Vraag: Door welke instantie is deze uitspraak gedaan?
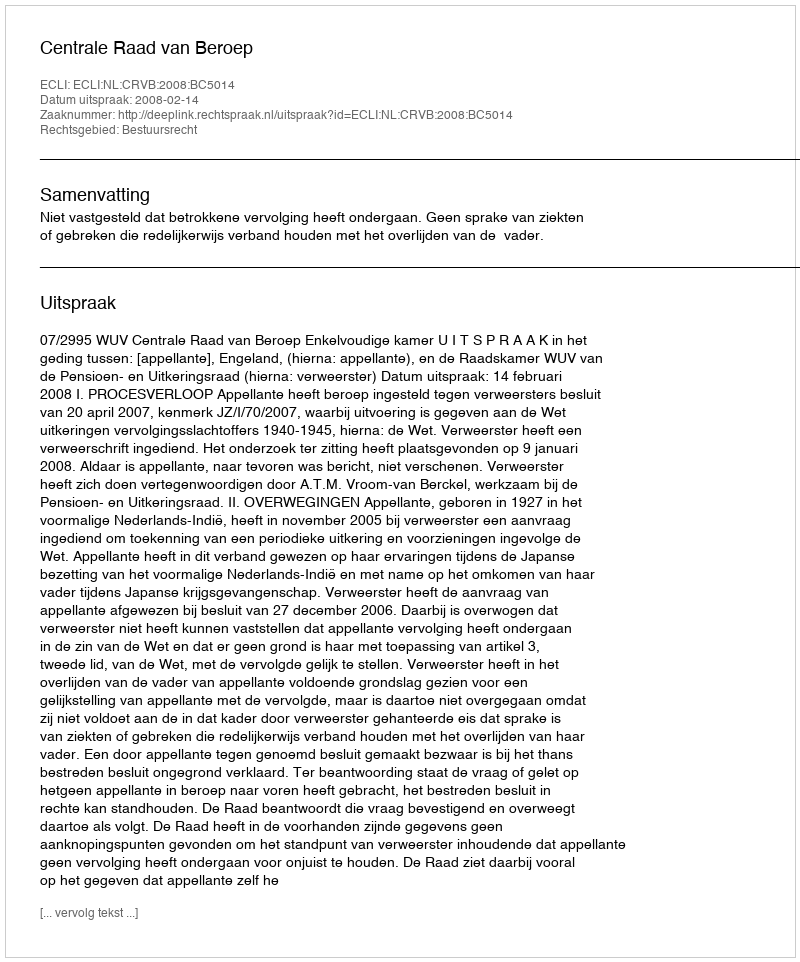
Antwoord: Centrale Raad van Beroep